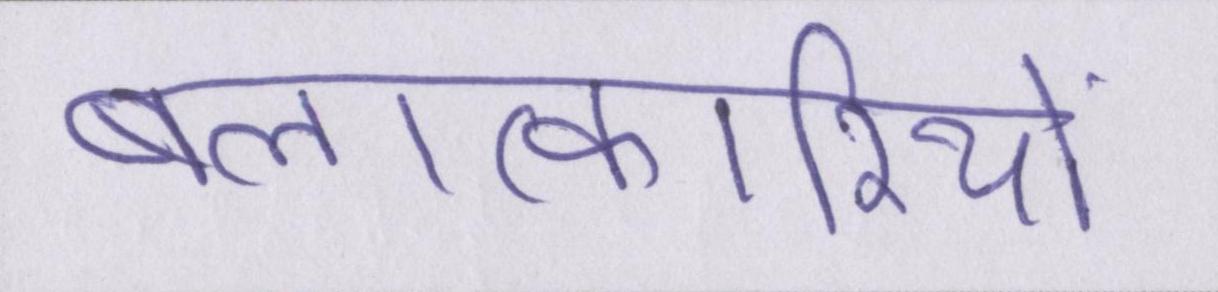
बलात्कारियों